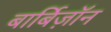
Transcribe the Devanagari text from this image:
बार्बिज़ॉन